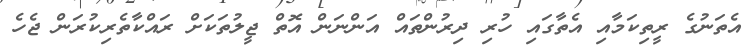
އެތަނުގެ ރީތިކަމާއި އެތާގައި ހުރި ދިރުންތައް އަންނަން އޮތް ޖީލުތަަކަށް ރައްކާތެރިކުރަން ޖެހެ